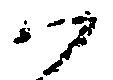
ハ